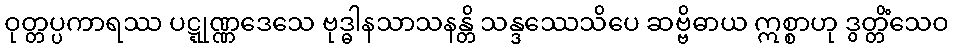
ဝုတ္တပ္ပကာရဿ ပဋ္ဋုဏ္ဏဒေသေ ဗုဒ္ဓါနသာသနန္တိ သန္ဒဿေသိပေ ဆဗ္ဗိဓာယ ဣစ္စာဟု ဒွတ္တိံသေဝ